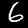
Digit: 6